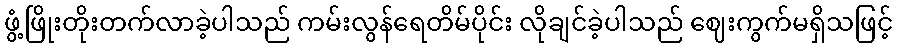
ဖွံ့ဖြိုးတိုးတက်လာခဲ့ပါသည် ကမ်းလွန်ရေတိမ်ပိုင်း လိုချင်ခဲ့ပါသည် ဈေးကွက်မရှိသဖြင့်